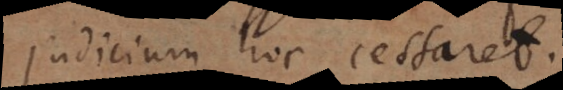
judicium hoc cessaret.